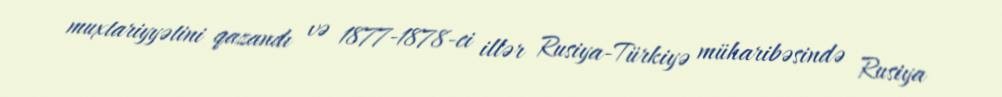
muxtariyyətini qazandı və 1877-1878-ci illər Rusiya-Türkiyə müharibəsində Rusiya